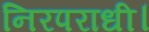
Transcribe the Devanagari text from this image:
निरपराधी।